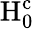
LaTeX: \mathrm{H}_{\mathrm{0}}^{\mathrm{c}}